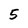
Character: 5